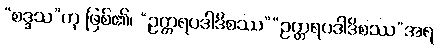
“စဒ္ဒသ”ဟု ဖြစ်၏၊ “ဥတ္တရပဒါဒိစဿ”“ဥတ္တရပဒါဒိစဿ”အရ